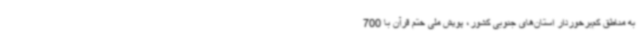
به مناطق کم‌برخوردار استان‌های جنوبی کشور، پویش ملی ختم قرآن با 700